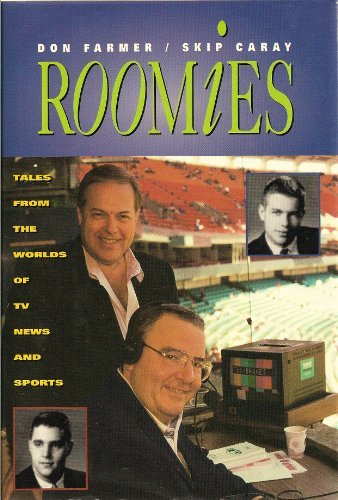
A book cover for Roomies: Tales from the Worlds of TV News and Sports; Don Farmer; Sports & Outdoors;